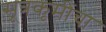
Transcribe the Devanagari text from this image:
सूत्रकृमींचा